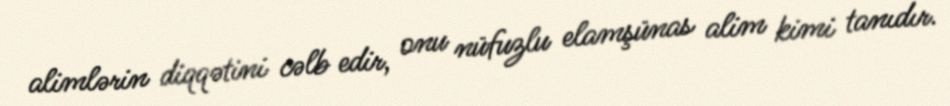
alimlərin diqqətini cəlb edir, onu nüfuzlu elamşünas alim kimi tanıdır.